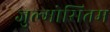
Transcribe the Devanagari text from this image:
जुल्मोसितम